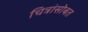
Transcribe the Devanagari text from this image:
चित्रांसोबत